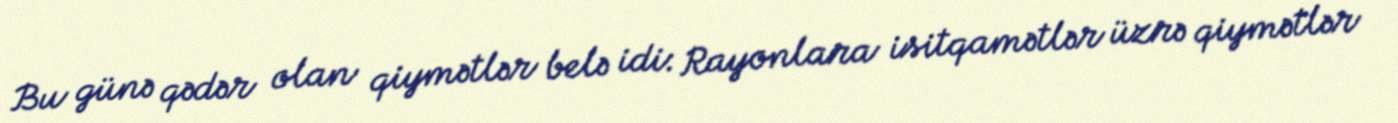
Bu günə qədər olan qiymətlər belə idi: Rayonlara isitqamətlər üzrə qiymətlər